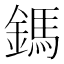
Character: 鎷